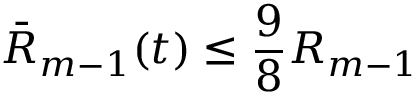
\bar { R } _ { m - 1 } ( t ) \leq \frac 9 8 R _ { m - 1 }